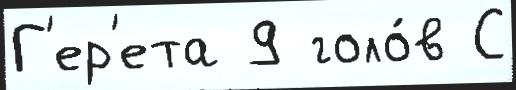
Г'ер'ета 9 голо́в С